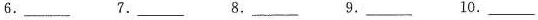
6.___ 7.___ 8.___ 9.___ 10.___